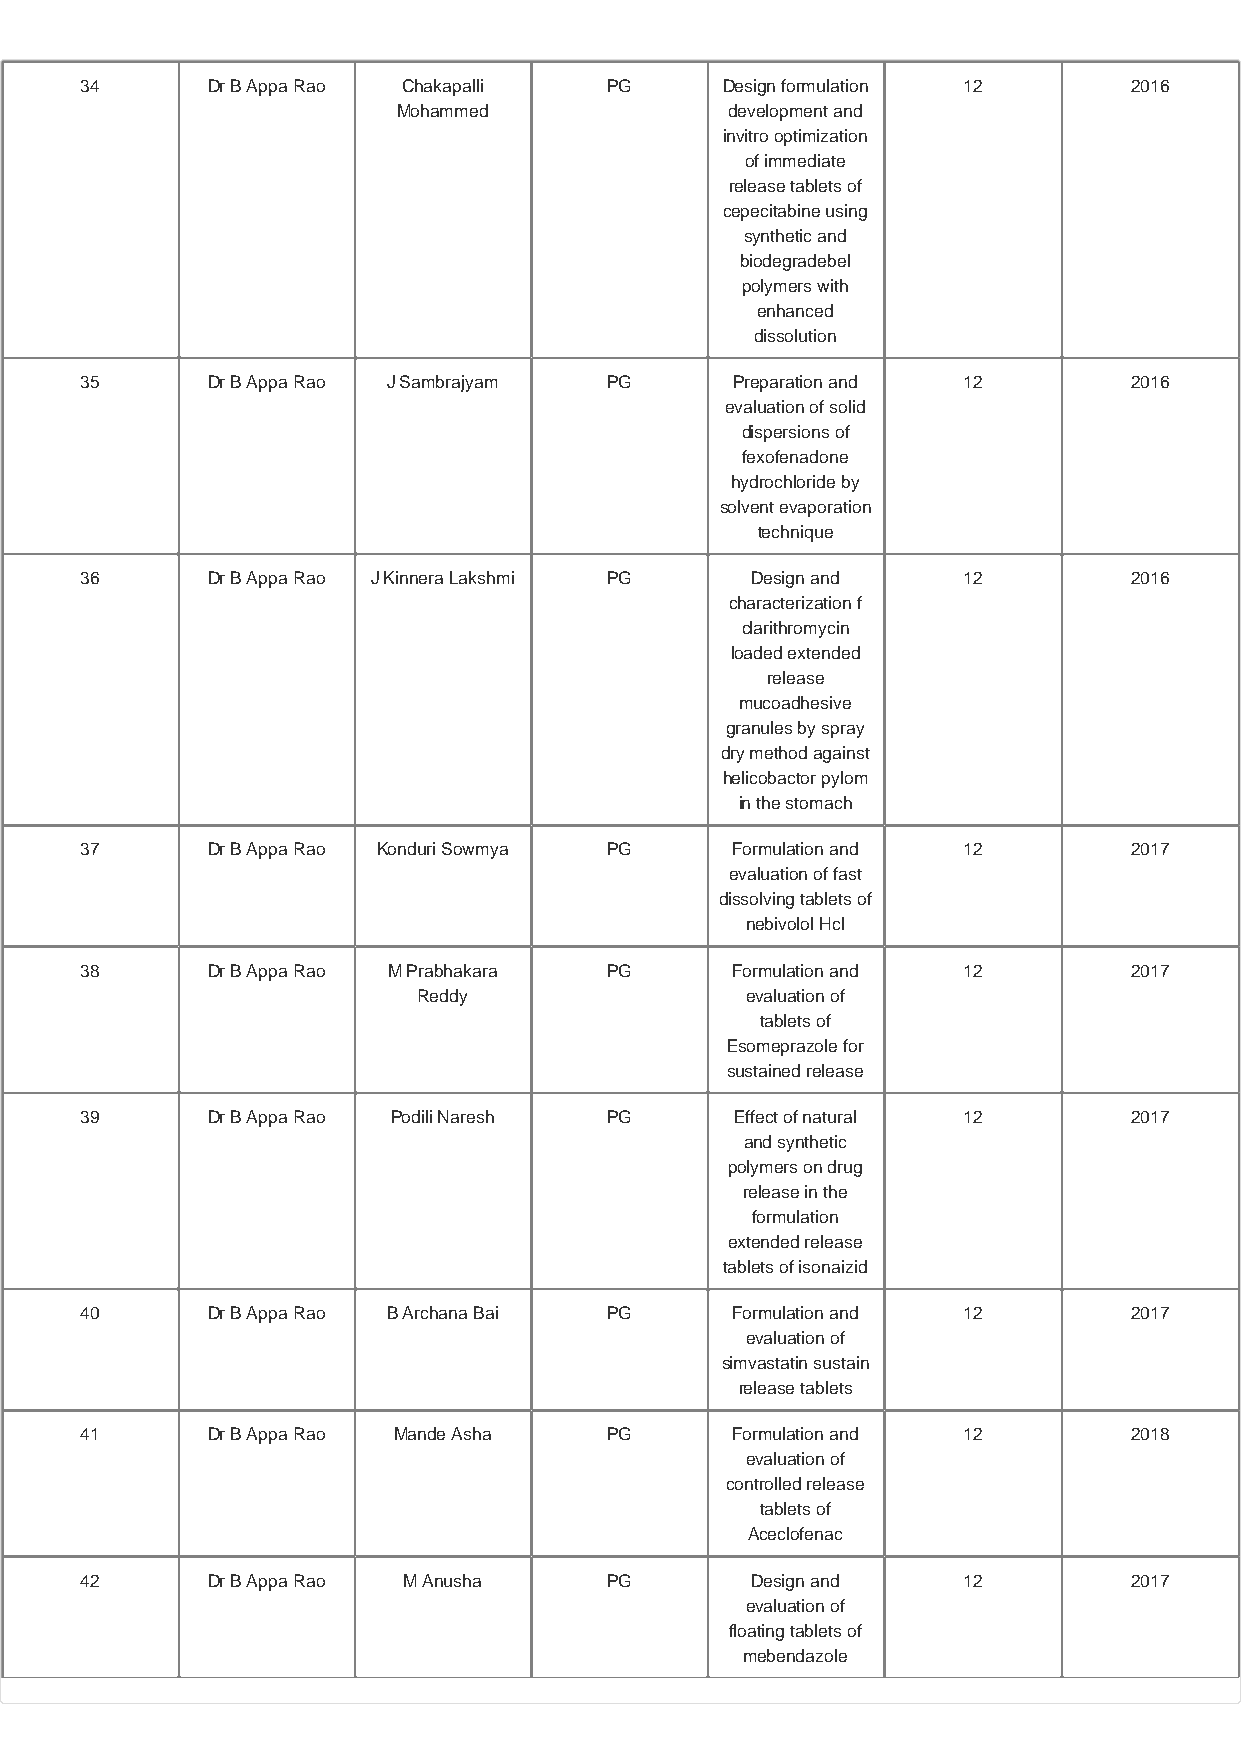
34       Dr B Appa Rao Chakapalli  PG      Design formulation 12      2016
 Mohammed              development and
 invitro optimization
 of immediate
 release tablets of
 cepecitabine using
 synthetic and
 biodegradebel
 polymers with
 enhanced
 dissolution
 35       Dr B Appa Rao J Sambrajyam PG      Preparation and 12        2016
 evaluation of solid
 dispersions of
 fexofenadone
 hydrochloride by
 solvent evaporation
 technique
 36       Dr B Appa Rao J Kinnera Lakshmi PG  Design and    12         2016
 characterization f
 clarithromycin
 loaded extended
 release
 mucoadhesive
 granules by spray
 dry method against
 helicobactor pylom
 in the stomach
 37       Dr B Appa Rao Konduri Sowmya PG   Formulation and 12         2017
 evaluation of fast
 dissolving tablets of
 nebivolol Hcl
 38       Dr B Appa Rao M Prabhakara PG     Formulation and 12         2017
 Reddy                evaluation of
 tablets of
 Esomeprazole for
 sustained release
 39       Dr B Appa Rao Podili Naresh PG     Effect of natural 12      2017
 and synthetic
 polymers on drug
 release in the
 formulation
 extended release
 tablets of isonaizid
 40       Dr B Appa Rao B Archana Bai PG    Formulation and 12         2017
 evaluation of
 simvastatin sustain
 release tablets
 41       Dr B Appa Rao Mande Asha  PG      Formulation and 12         2018
 evaluation of
 controlled release
 tablets of
 Aceclofenac
 42       Dr B Appa Rao M Anusha    PG        Design and    12         2017
 evaluation of
 floating tablets of
 mebendazole